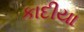
કાદીયા